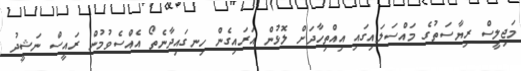
މަޖިލީސް ރިޔާސަތުގެ މައްސަލައިގައި އިއްތިހާދަށް ލޮޅުން އަރައިގެން ހިނގައިދާނެތޯ އެއްސެވުމުން ރައީސް ނަޝީދު